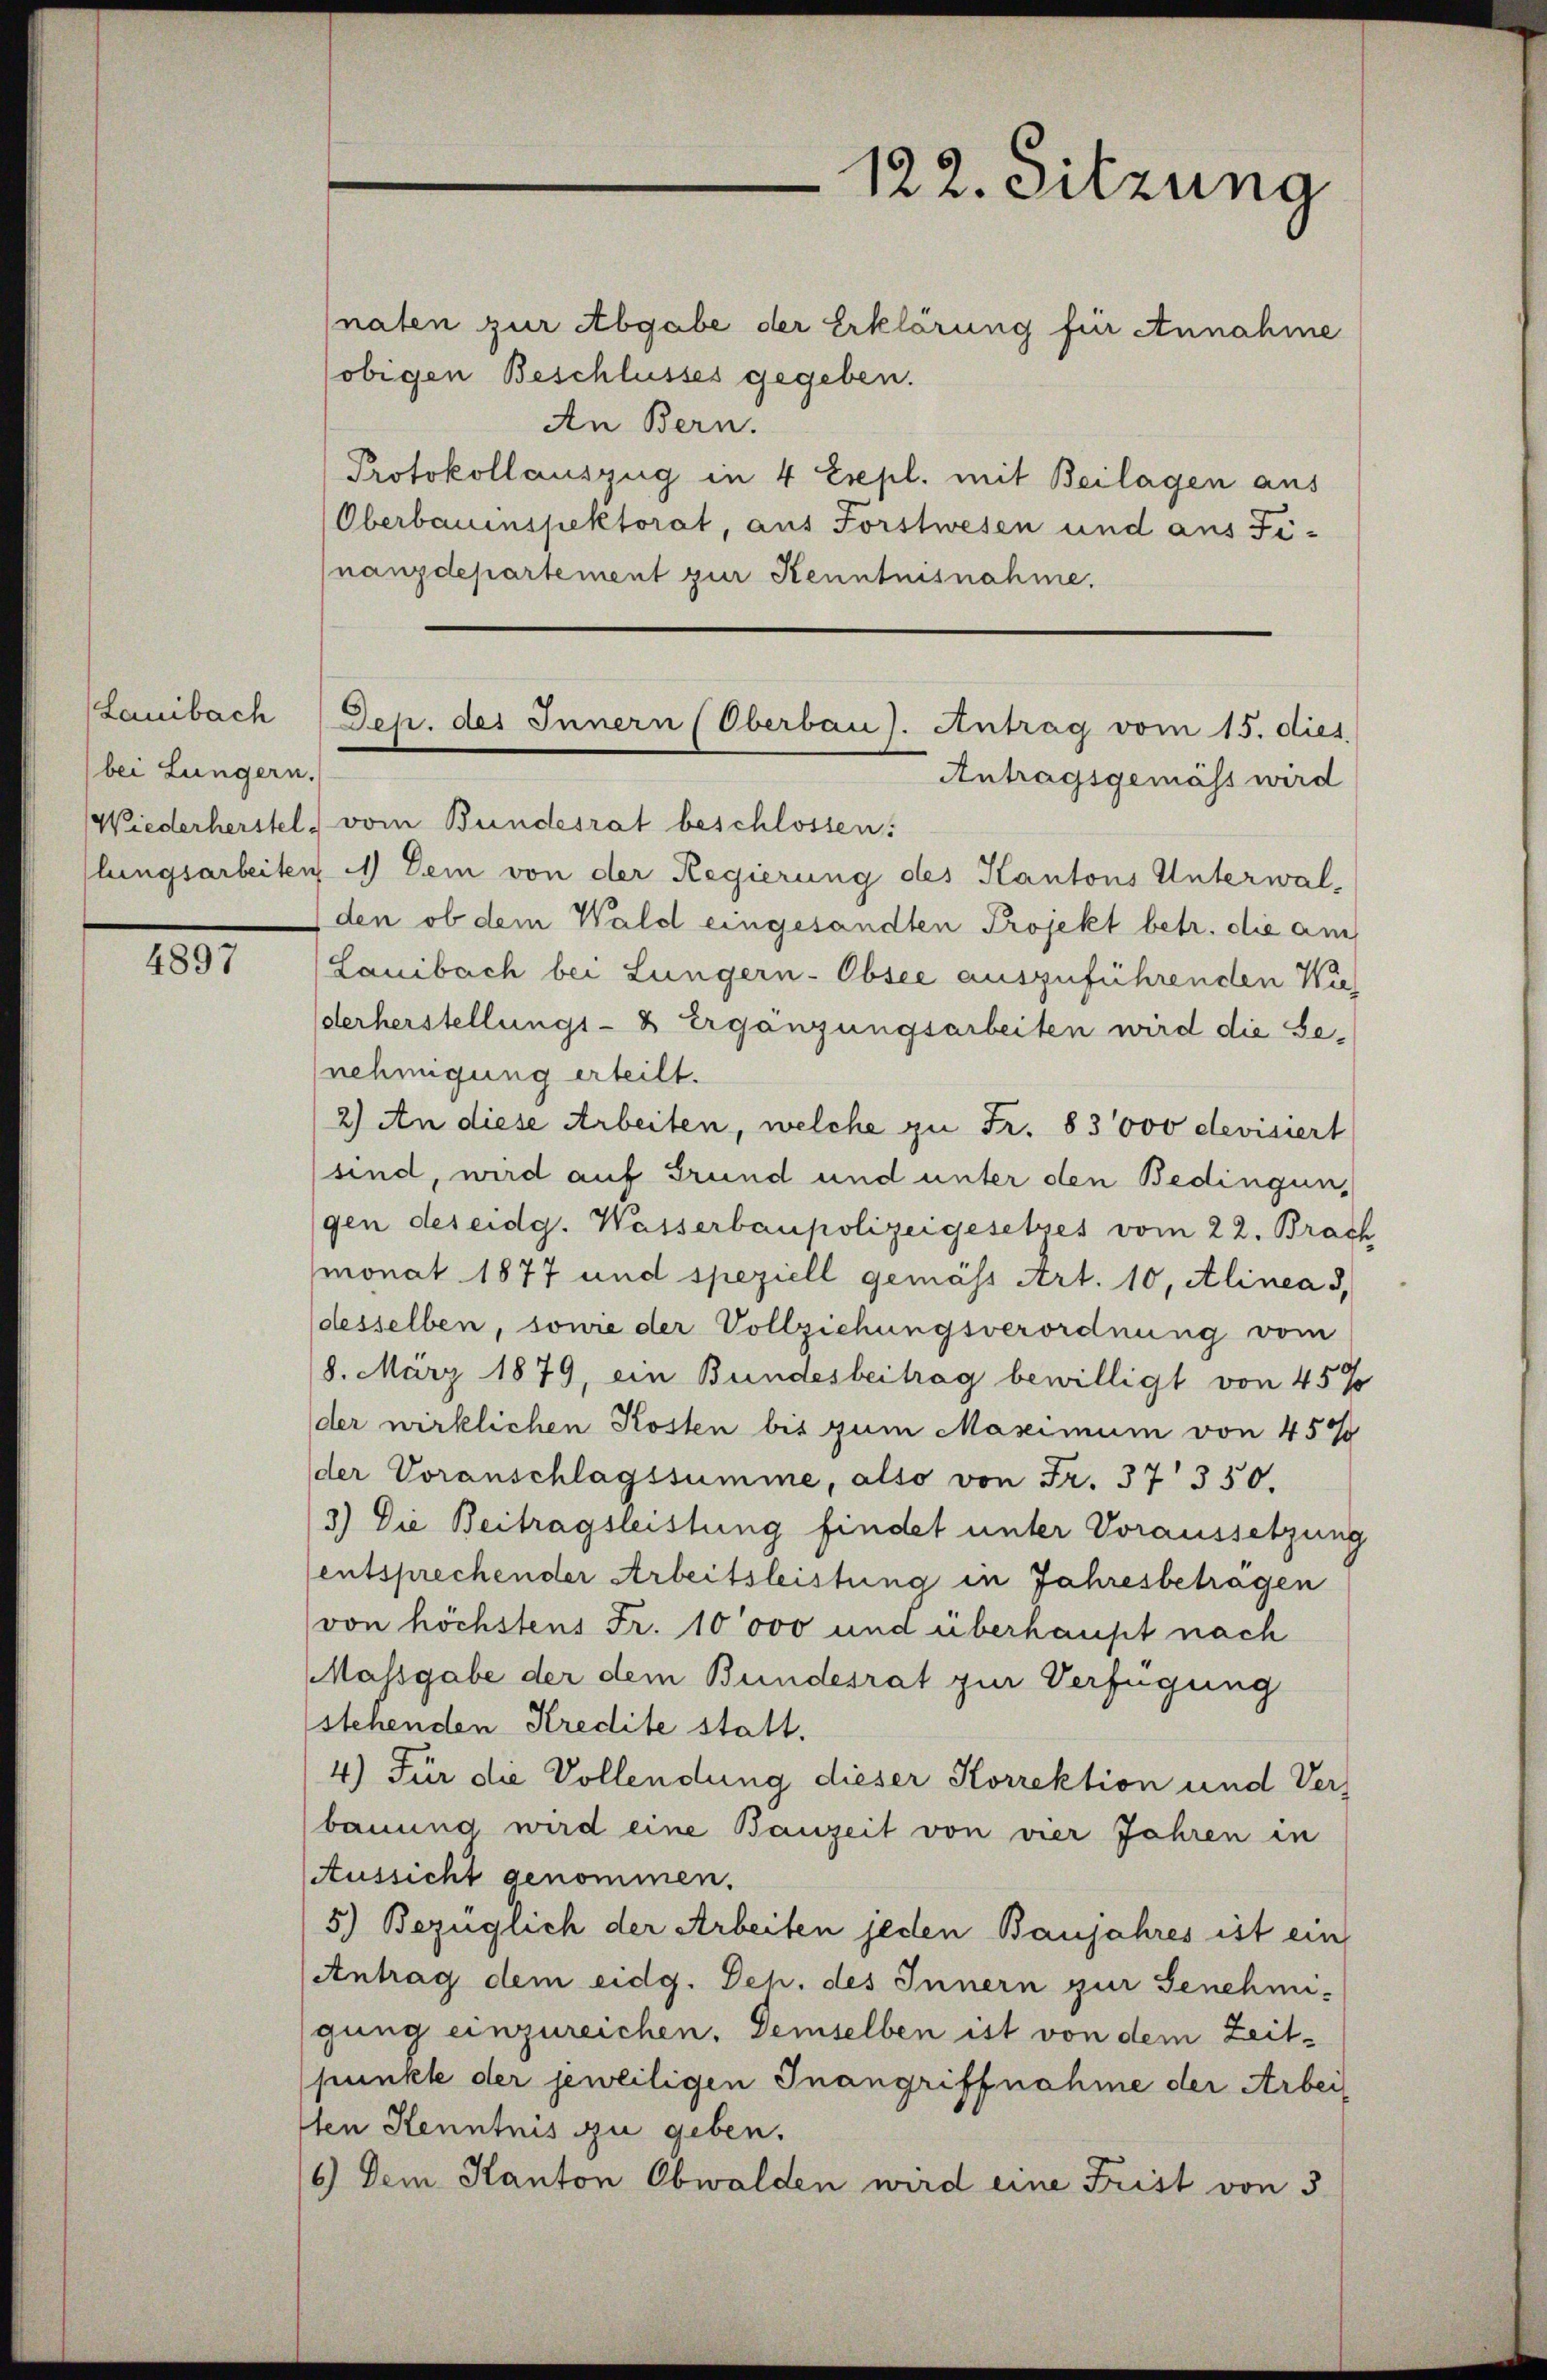
Laibach
bei Lungern.

1817.

naten zur Abgabe der Erklärung für Annahme
obigen Beschlusses gegeben.
An Bern.
Protokollauszug in 4 Expl. mit Beilagen aus
Oberbauinspektorat, aus Forstwesen und aus Finanzdepartement zur Kenntnisnahme.

122. Sitzung

Jep. des Innern (Oberbau). Antrag vom 15. dies

Antragsgemäss wird
Wiederherstel vom Bundesrat beschlossen:
lungsarbeiten 1) Dem von der Regierung des Kantons Unterwalden ob dem Wald eingesandten Projekt betr. die am
Lauibach bei Lungern-Obsee auszuführenden Kuderherstellungs- & Ergänzungsarbeiten wird die Benehmigung erteilt.
(2) An diese Arbeiten, welche zu Fr. 83000 devisiert
sind, wird auf Grund und unter den Bedingungen des eidg. Wasserbaupolizeigesetzes vom 22. Brach
monat 1877 und speziell gemäss Art. 10, Alinea 3,
desselben, sowie der Vollziehungsverordnung vom
8. März 1879, ein Bundesbeitrag bewilligt von 45 %
der wirklichen Kosten bis zum Maximum von 450
der Voranschlagssumme, also von Fr. 37 350.
3.) Die Beitragsleistung findet unter Voraussetzung
entsprechender Arbeitsleistung in Jahresbeträgen
von höchstens Fr. 10000 und überhaupt nach
Malsgabe der dem Bundesrat zur Verfügung
stehenden Kredite statt.
4) Für die Vollendung dieser Korrektion und Ver-
bauung wird eine Bauzeit von vier Jahren in
Aussicht genommen.
5) Bezüglich der Arbeiten jeden Banjahres ist ein
Antrag dem eidg. Deh. des Innern zur Genehmi-
gung einzureichen. Demselben ist von dem Zeitpunkte der jeweiligen Inangriffnahme der Arbeisten Kenntnis zu geben.
6.) Dem Kanton Obwalden wird eine Frist von 3